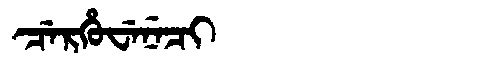
Manchu: ᠴᡝᡵᡥᡠᠸᡝᠨᡝᠴᡳ
Romanization: CERHUWENECI